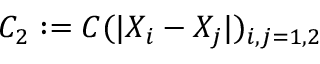
C _ { 2 } : = C ( | X _ { i } - X _ { j } | ) _ { i , j = 1 , 2 }